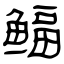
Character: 鲾